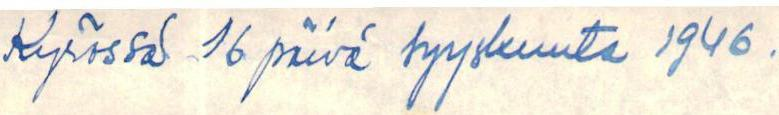
Kyrössä 16 päivä syyskuuta 1946.